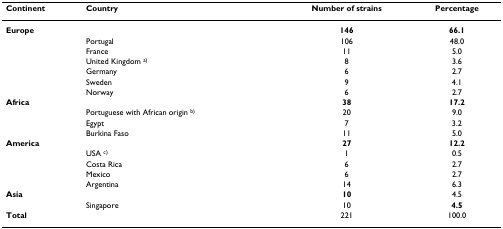
<table><thead><tr><td><b>Continent</b></td><td><b>Country</b></td><td><b>Number of strains</b></td><td><b>Percentage</b></td></tr></thead><tbody><tr><td><b>Europe</b></td><td>[EMPTY_CELL]</td><td><b>146</b></td><td><b>66.1</b></td></tr><tr><td>[EMPTY_CELL]</td><td>Portugal</td><td>106</td><td>48.0</td></tr><tr><td>[EMPTY_CELL]</td><td>France</td><td>11</td><td>5.0</td></tr><tr><td>[EMPTY_CELL]</td><td>United Kingdom <sup>a)</sup></td><td>8</td><td>3.6</td></tr><tr><td>[EMPTY_CELL]</td><td>Germany</td><td>6</td><td>2.7</td></tr><tr><td>[EMPTY_CELL]</td><td>Sweden</td><td>9</td><td>4.1</td></tr><tr><td>[EMPTY_CELL]</td><td>Norway</td><td>6</td><td>2.7</td></tr><tr><td><b>Africa</b></td><td>[EMPTY_CELL]</td><td><b>38</b></td><td><b>17.2</b></td></tr><tr><td>[EMPTY_CELL]</td><td>Portuguese with African origin <sup>b)</sup></td><td>20</td><td>9.0</td></tr><tr><td>[EMPTY_CELL]</td><td>Egypt</td><td>7</td><td>3.2</td></tr><tr><td>[EMPTY_CELL]</td><td>Burkina Faso</td><td>11</td><td>5.0</td></tr><tr><td><b>America</b></td><td>[EMPTY_CELL]</td><td><b>27</b></td><td><b>12.2</b></td></tr><tr><td>[EMPTY_CELL]</td><td>USA <sup>c)</sup></td><td>1</td><td>0.5</td></tr><tr><td>[EMPTY_CELL]</td><td>Costa Rica</td><td>6</td><td>2.7</td></tr><tr><td>[EMPTY_CELL]</td><td>Mexico</td><td>6</td><td>2.7</td></tr><tr><td>[EMPTY_CELL]</td><td>Argentina</td><td>14</td><td>6.3</td></tr><tr><td><b>Asia</b></td><td>[EMPTY_CELL]</td><td><b>10</b></td><td>4.5</td></tr><tr><td>[EMPTY_CELL]</td><td>Singapore</td><td>10</td><td><b>4.5</b></td></tr><tr><td><b>Total</b></td><td>[EMPTY_CELL]</td><td>221</td><td>100.0</td></tr></tbody></table>